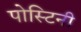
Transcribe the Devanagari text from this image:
पोस्टिनी